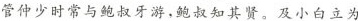
管仲少时常与鲍叔牙游，鲍叔知其贤。及小白立为